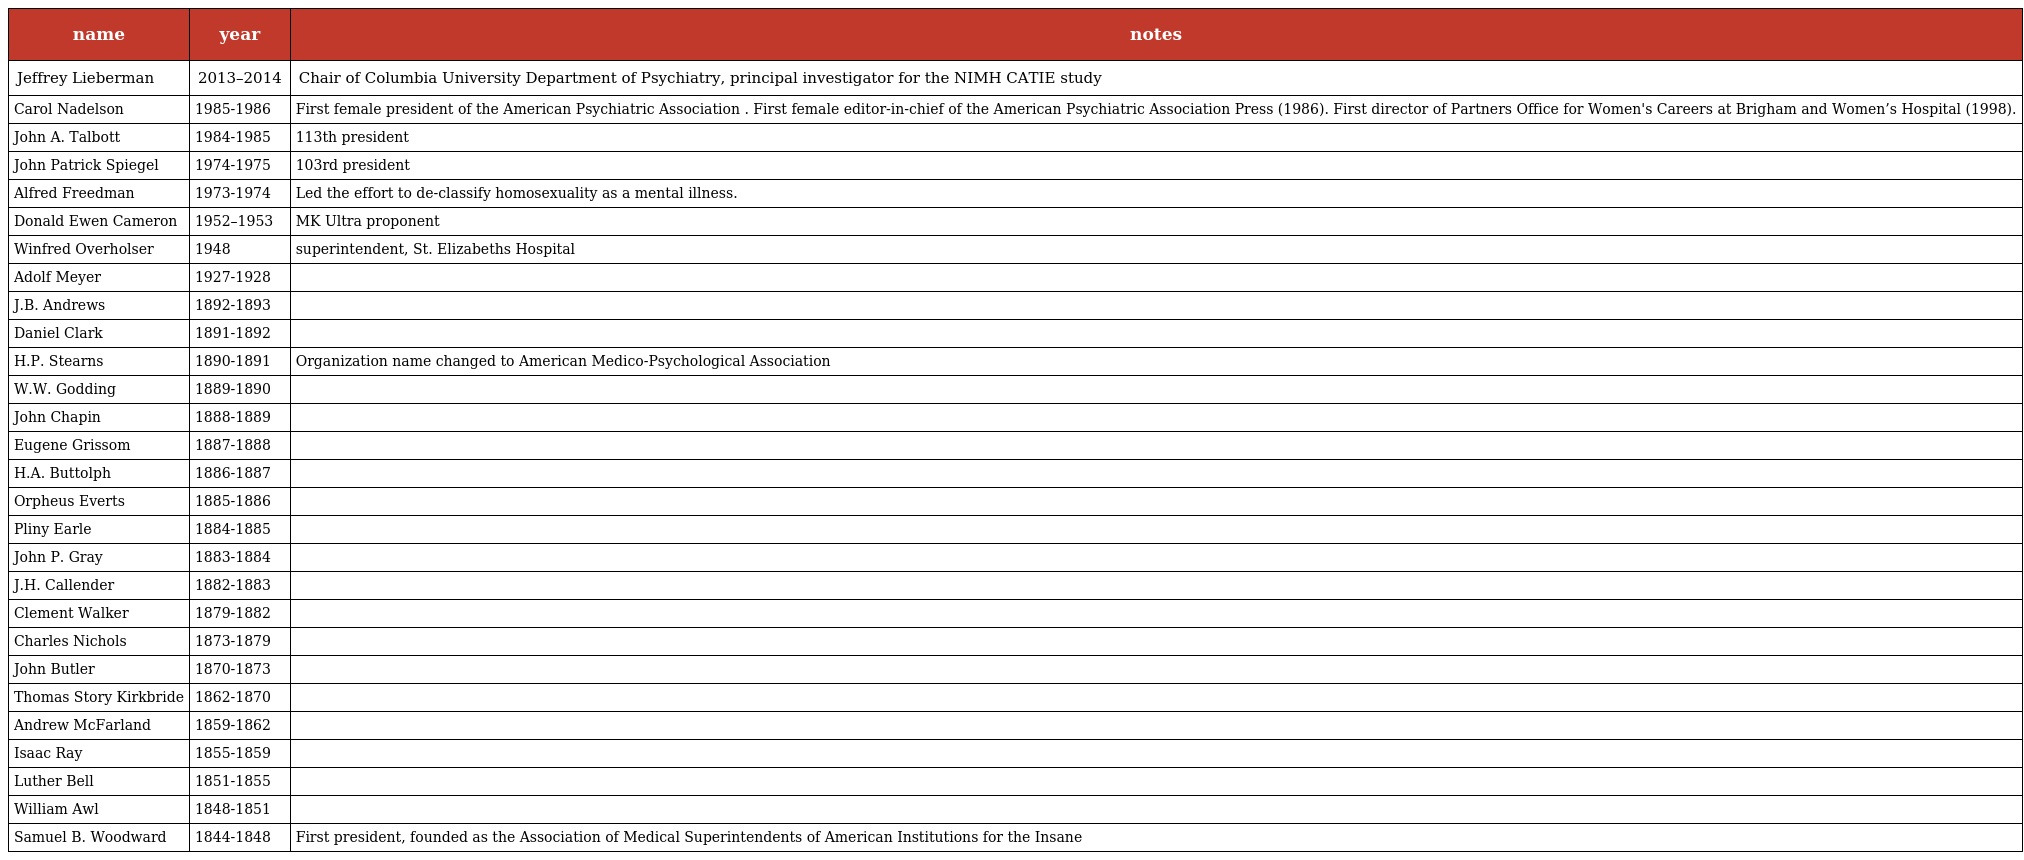
| name | year | notes |
 | --- | --- | --- |
 | Jeffrey Lieberman | 2013–2014 | Chair of Columbia University Department of Psychiatry, principal investigator for the NIMH CATIE study |
 | Carol Nadelson | 1985-1986 | First female president of the American Psychiatric Association . First female editor-in-chief of the American Psychiatric Association Press (1986). First director of Partners Office for Women's Careers at Brigham and Women’s Hospital (1998). |
 | John A. Talbott | 1984-1985 | 113th president |
 | John Patrick Spiegel | 1974-1975 | 103rd president |
 | Alfred Freedman | 1973-1974 | Led the effort to de-classify homosexuality as a mental illness. |
 | Donald Ewen Cameron | 1952–1953 | MK Ultra proponent |
 | Winfred Overholser | 1948 | superintendent, St. Elizabeths Hospital |
 | Adolf Meyer | 1927-1928 |  |
 | J.B. Andrews | 1892-1893 |  |
 | Daniel Clark | 1891-1892 |  |
 | H.P. Stearns | 1890-1891 | Organization name changed to American Medico-Psychological Association |
 | W.W. Godding | 1889-1890 |  |
 | John Chapin | 1888-1889 |  |
 | Eugene Grissom | 1887-1888 |  |
 | H.A. Buttolph | 1886-1887 |  |
 | Orpheus Everts | 1885-1886 |  |
 | Pliny Earle | 1884-1885 |  |
 | John P. Gray | 1883-1884 |  |
 | J.H. Callender | 1882-1883 |  |
 | Clement Walker | 1879-1882 |  |
 | Charles Nichols | 1873-1879 |  |
 | John Butler | 1870-1873 |  |
 | Thomas Story Kirkbride | 1862-1870 |  |
 | Andrew McFarland | 1859-1862 |  |
 | Isaac Ray | 1855-1859 |  |
 | Luther Bell | 1851-1855 |  |
 | William Awl | 1848-1851 |  |
 | Samuel B. Woodward | 1844-1848 | First president, founded as the Association of Medical Superintendents of American Institutions for the Insane |